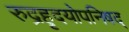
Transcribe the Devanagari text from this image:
रुद्रहृदयोपनिषद्